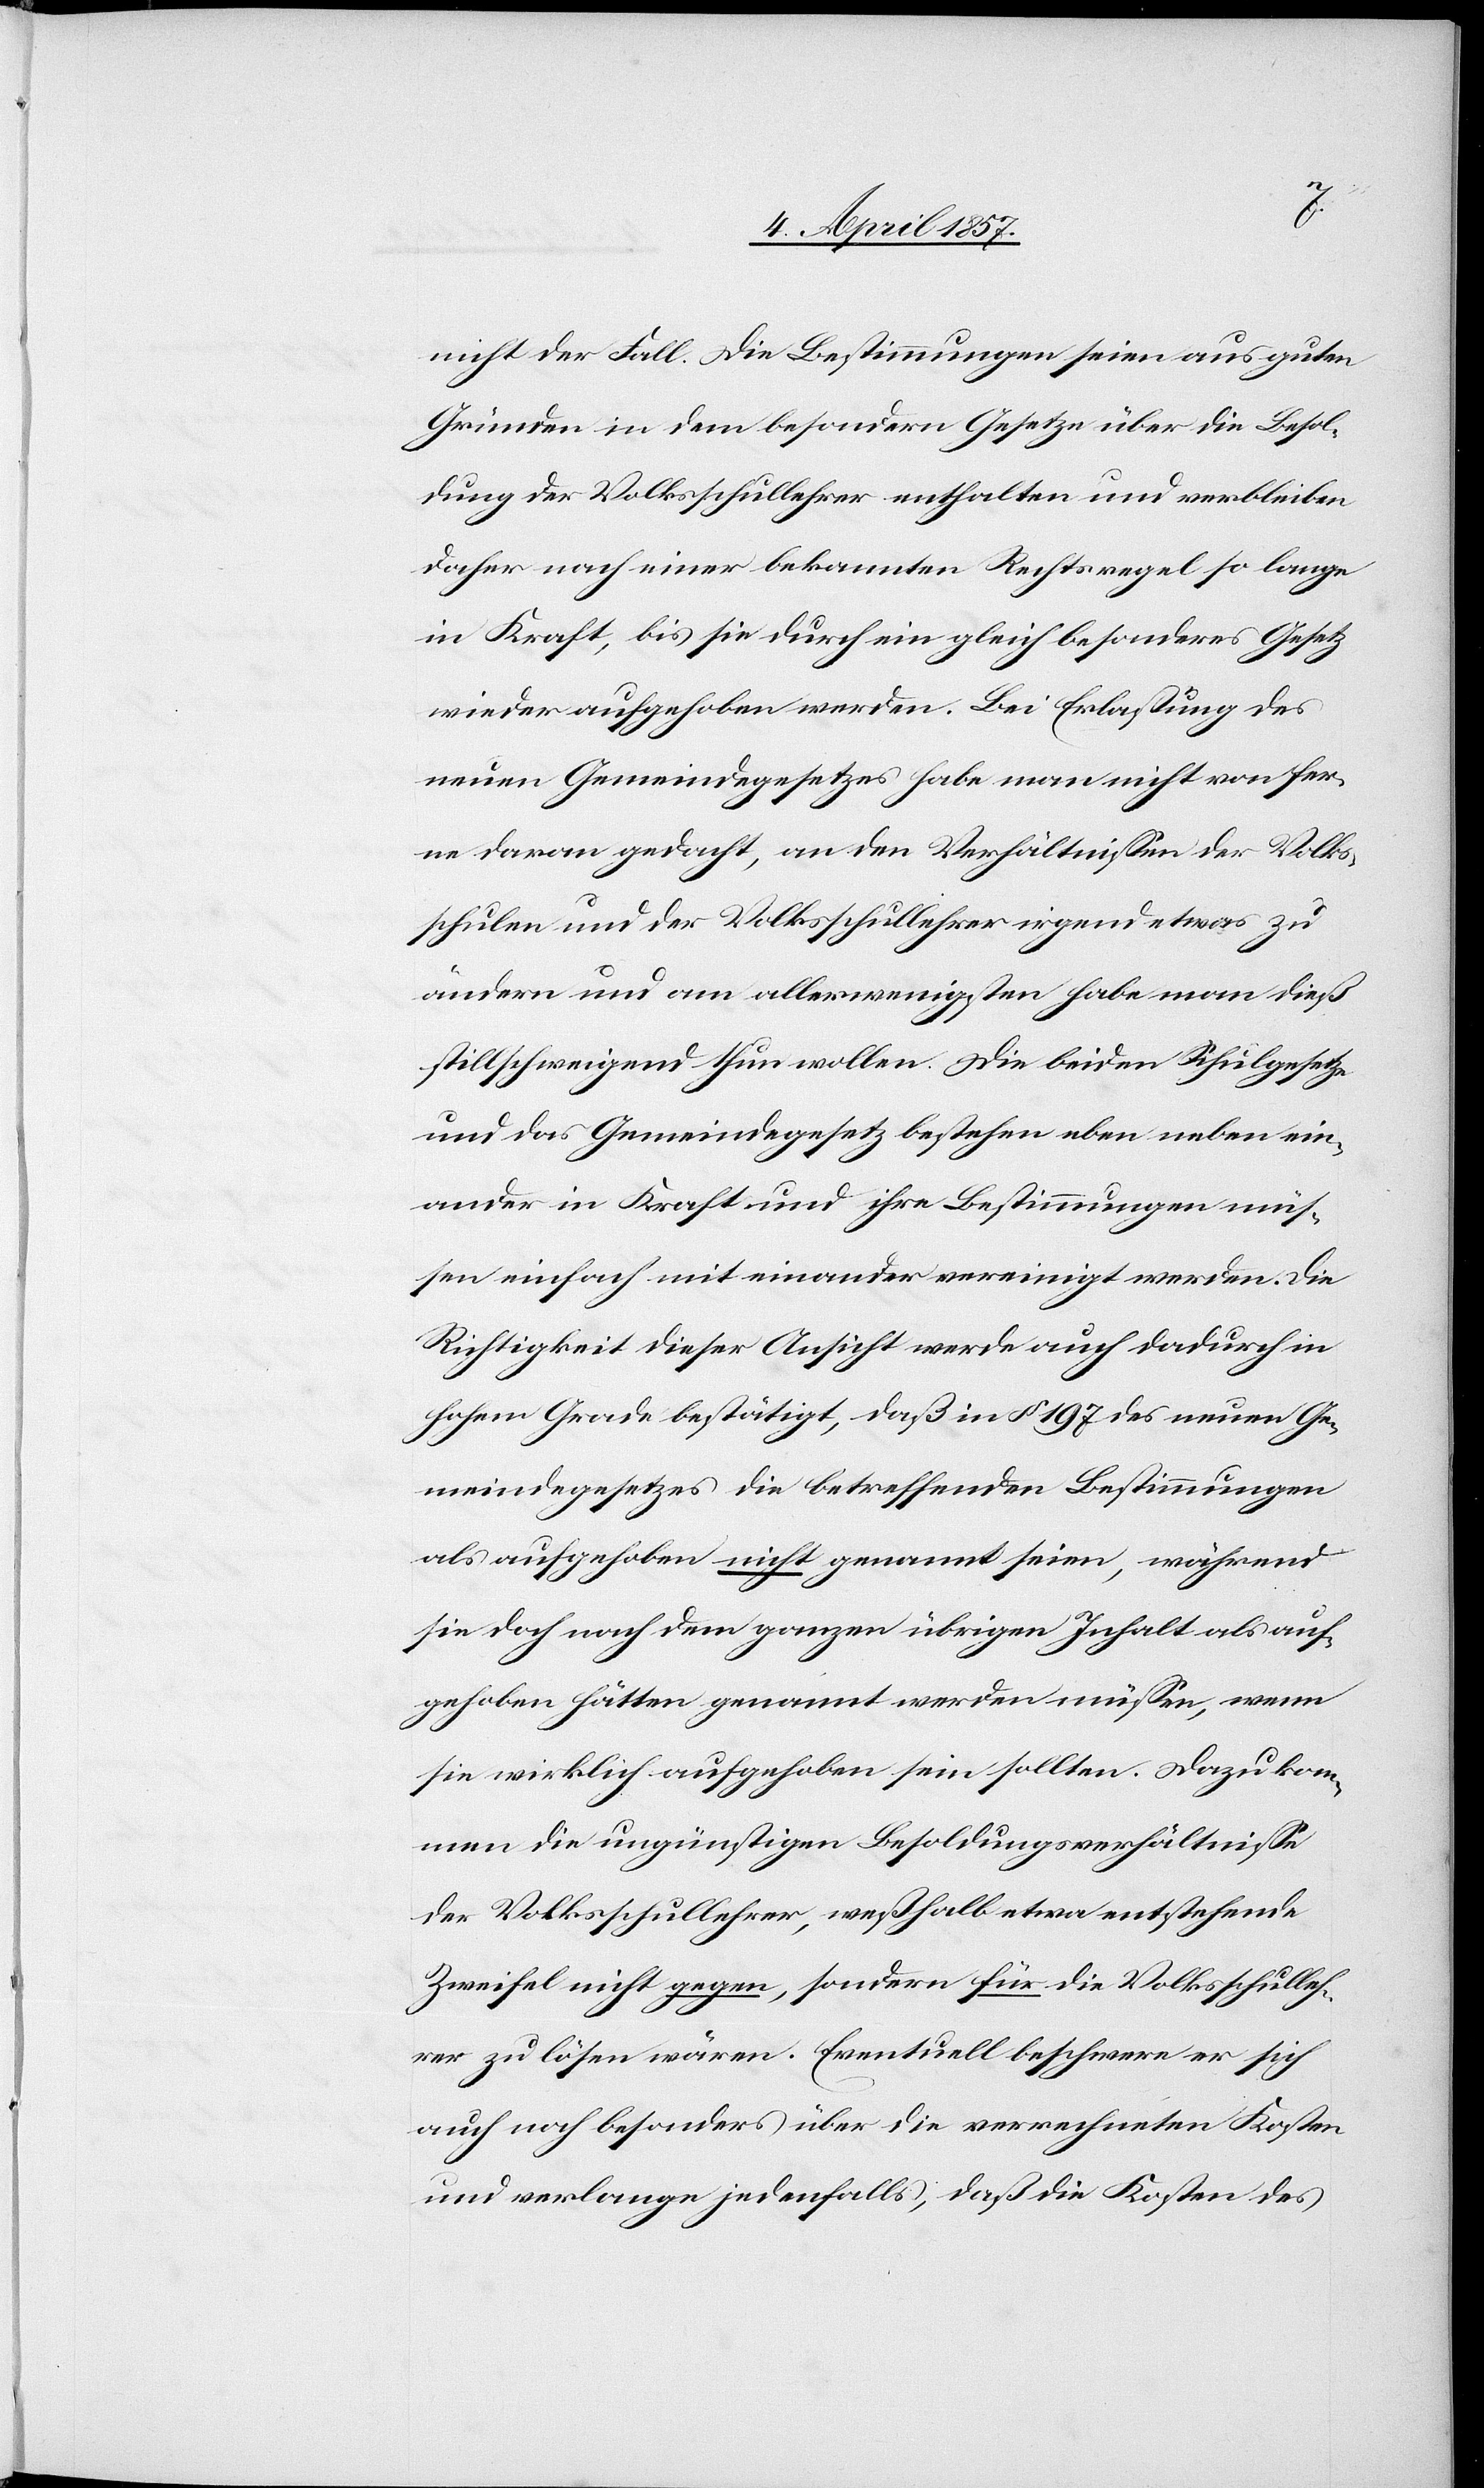
nicht der Fall. Die Bestimmungen seien aus guten
Gründen in dem besondern Gesetze über die Besol¬
dung der Volksschullehrer enthalten und verbleiben
daher nach einer bekannten Rechtsregel so lange
in Kraft, bis sie durch ein gleich besonderes Gesetz
wieder aufgehoben werden. Bei Erlassung des
neuen Gemeindegesetzes habe man nicht von fer¬
ne daran gedacht, an den Verhältnissen der Volks¬
schulen und der Volksschullehrer irgendetwas zu
ändern und am allerwenigsten habe man dieß
stillschweigend thun wollen. Die beiden Schulgesetze
und das Gemeindegesetz bestehen eben neben ein¬
ander in Kraft und ihre Bestimmungen müs¬
sen einfach mit einander vereinigt werden. Die
Richtigkeit dieser Ansicht werde auch dadurch in
hohem Grade bestätigt, daß in § 197 des neuen Ge¬
meindegesetzes die betreffenden Bestimmungen
als aufgehoben nicht genannt seien, während
sie doch nach dem ganzen übrigen Inhalt als auf¬
gehoben hätten genannt werden müssen, wenn
sie wirklich aufgehoben sein sollten. Dazu kom¬
men die ungünstigen Besoldungsverhältnisse
der Volksschullehrer, weßhalb etwa entstehende
Zweifel nicht gegen, sondern für die Volksschulleh¬
rer zu lösen wären. Eventuell beschwere er sich
auch noch besonders über die verrechneten Kosten
und verlange jedenfalls, daß die Kosten des